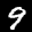
Label: 9